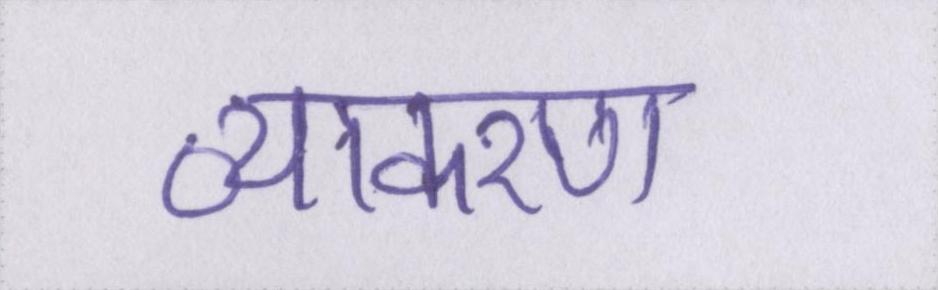
व्याकरण